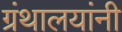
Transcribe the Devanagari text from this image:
ग्रंथालयांनी